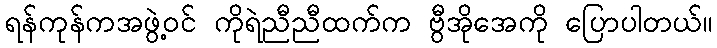
ရန်ကုန်ကအဖွဲ့ဝင် ကိုရဲညီညီထက်က ဗွီအိုအေကို ပြောပါတယ်။